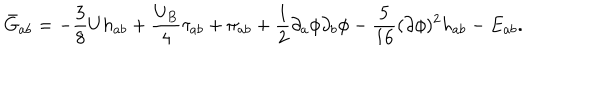
\bar { G } _ { a b } = - \frac { 3 } { 8 } U h _ { a b } + \frac { U _ { B } } { 4 } \tau _ { a b } + \pi _ { a b } + \frac { 1 } { 2 } \partial _ { a } \phi \partial _ { b } \phi - \frac { 5 } { 1 6 } ( \partial \phi ) ^ { 2 } h _ { a b } - E _ { a b } .